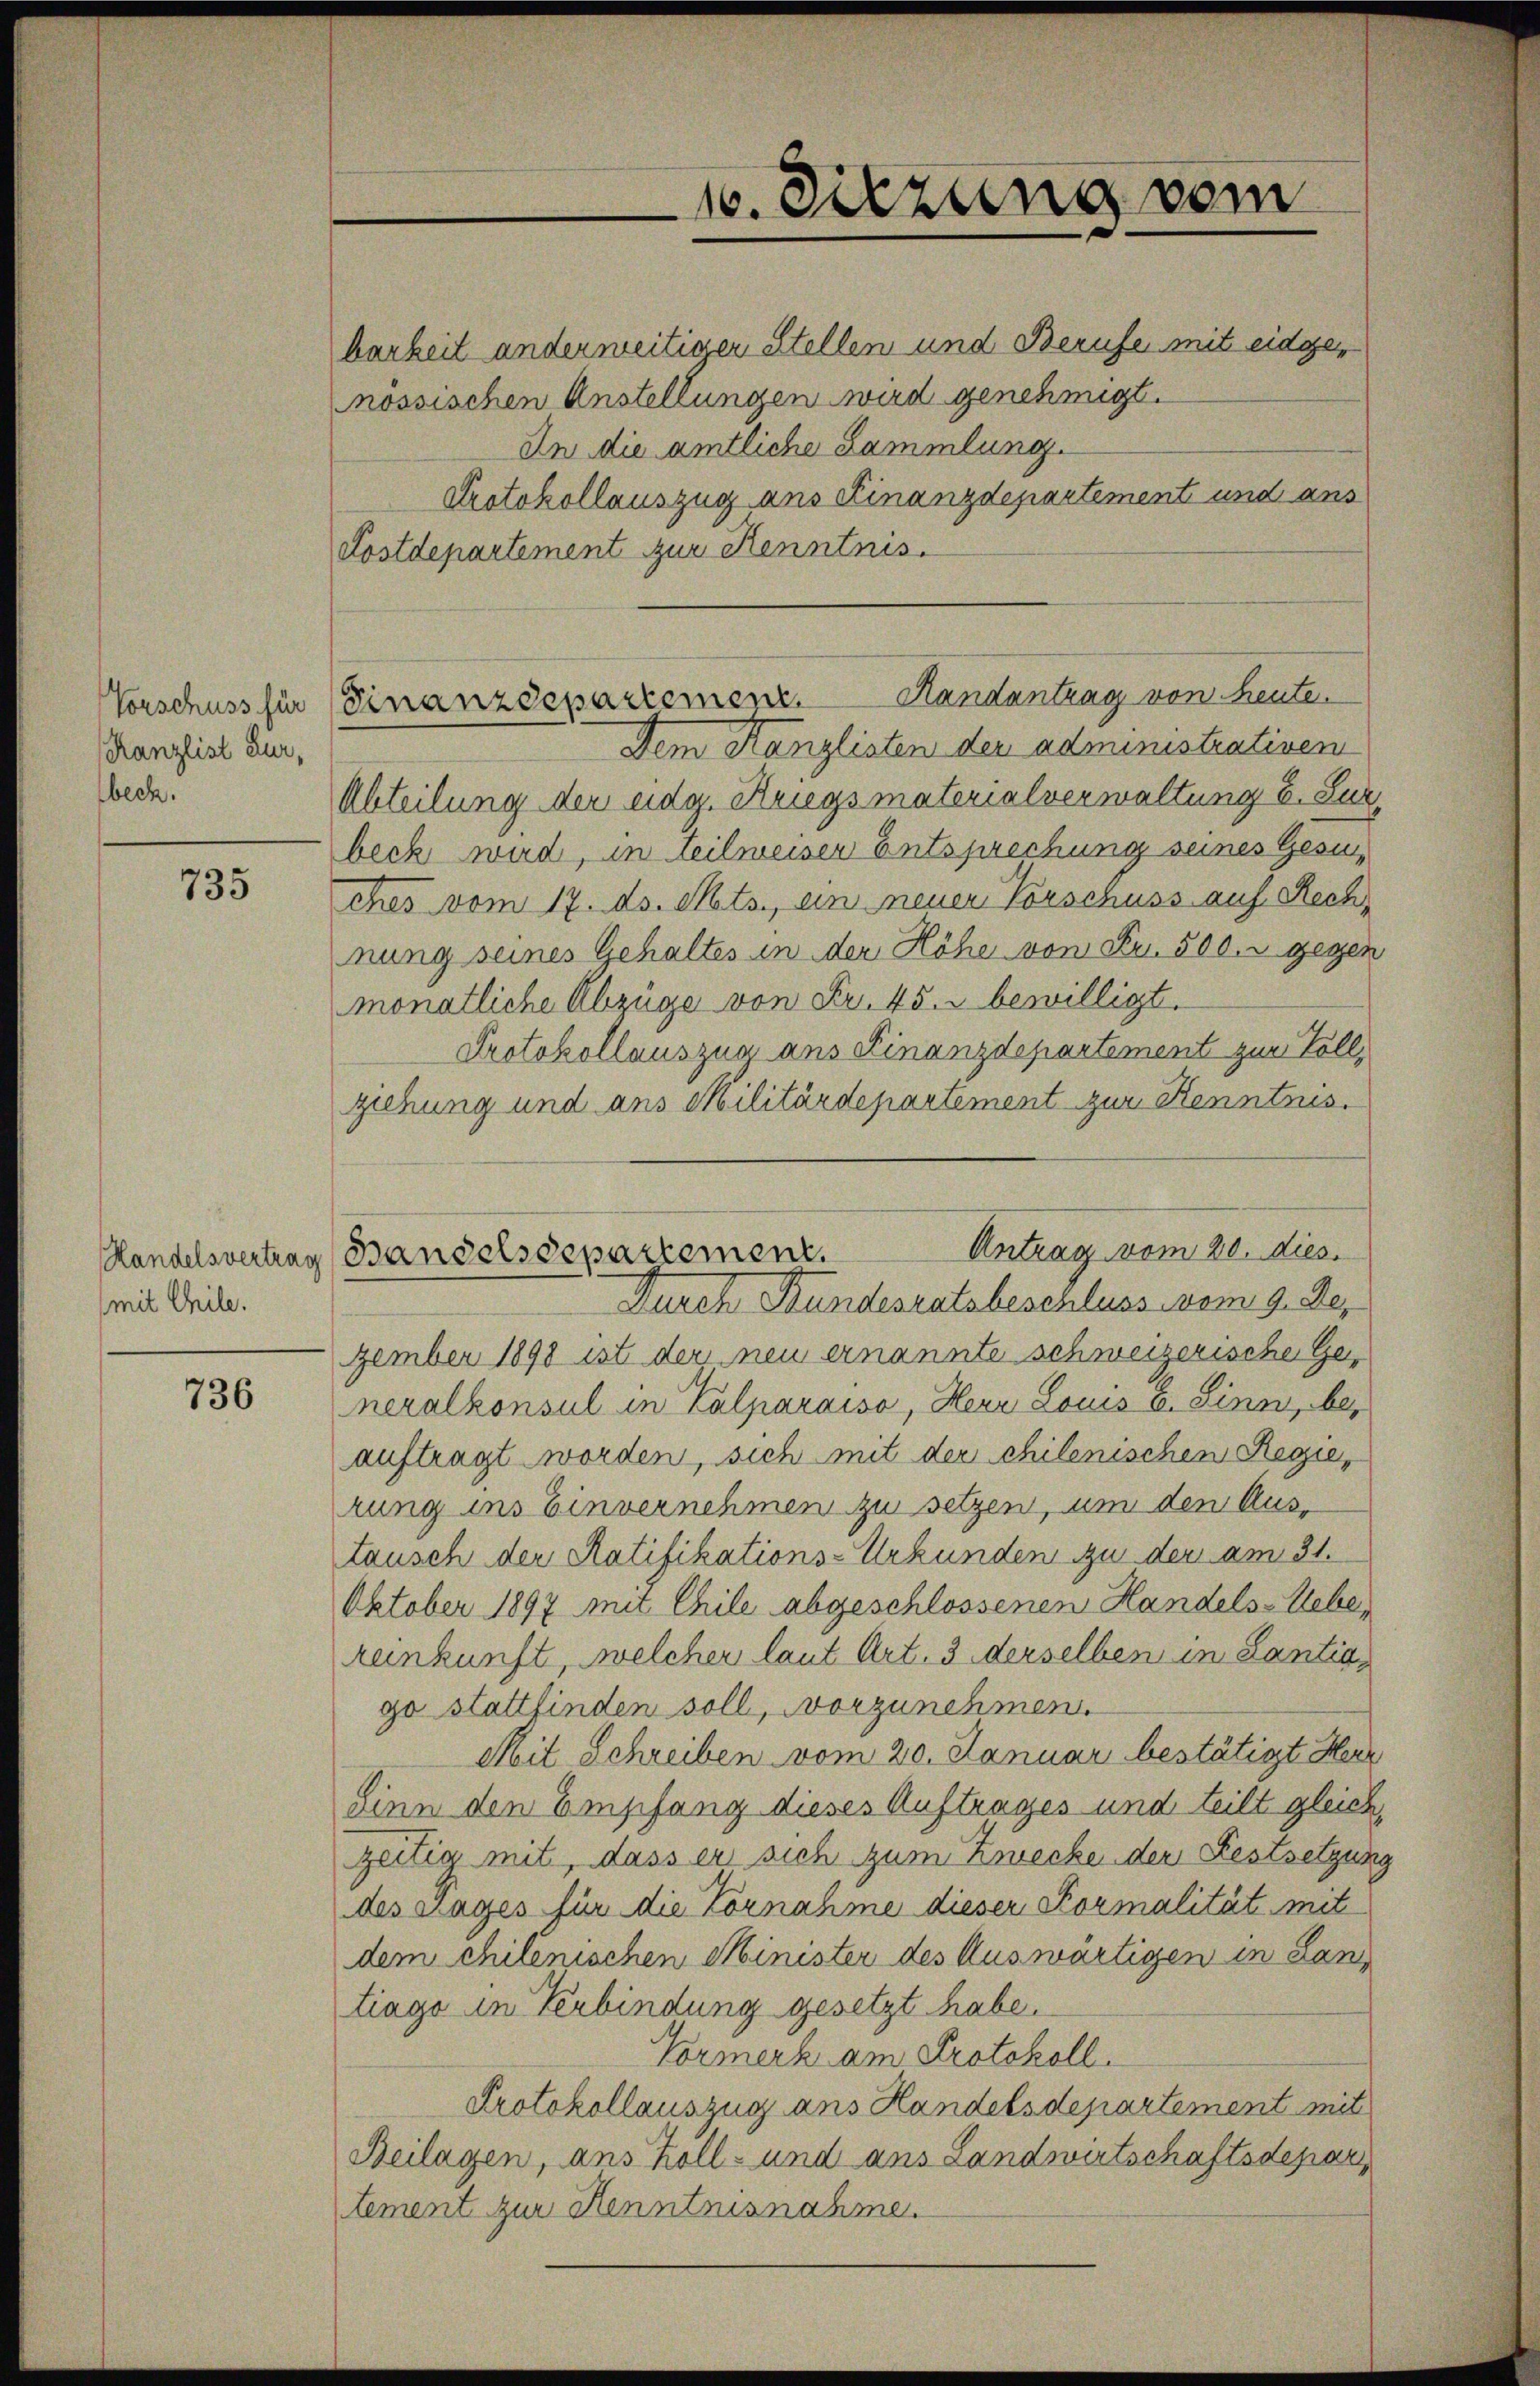
Kanzlist Zur,
beck.

735

(mit Chile.

736

barkeit anderweitigen Stellen und Berufe mit eidgenössischen Anstellungen wird genehmigt.
In die amtliche Sammlung.
Protokollauszug aus Finanzdepartement und aus
Kostdepartement zur Kenntnis.
Dem Kanzlisten der administrativen
Abteilung der eidg. Kriegsmaterialverwaltung E. Sur
beck wird, in teilweiser Entsprechung seines Gesuches vom 17. ds. Mts., ein neuen Vorschuss auf Rechnung seines Gehaltes in der Höhe von Fr. 500.- gegen
monatliche Abzüge von Fr. 45. bewilligt.
Protokollauszua ans Finanzdepartement zur Vollziehung und aus Militärdepartement zur Kenntnis.
Durch Stundesratsbeschluss vom 9. Dez
zember 1898 ist der neu ernannte schweizerische Generalkonsul in Kalparaiso, Herr Louis u. Sinn, beauftragt worden, sich mit der chilenischen Regierung ins Einvernehmen zu setzen, um den Aus-
tausch der Ratifikations-Urkunden zu der am 31.
Oktober 1897 mit Chile abgeschlossenen Handels-Uebereinkunft, welcher laut Art. 3 derselben in Lantig
go stattfinden soll, vorzunehmen.
Mit Schreiben vom 20. Januar bestätigt Herz
Sinn den Empfang dieses Auftrages und teilt gleich,
gütig mit, dass er sich zum Zwecke der Festsetzung
des Tages für die Vornahme dieser Kormalität mit
dem chilenischen Minister des Auswärtigen in Lan
tiago in Verbindung gesetzt habe.
Vormerk am Protokoll.
Protokollauszug ans Handelsdepartement mit
Beilagen, ans Koll- und aus Landwirtschaftsdepar
tement zur Kenntnisnahme.

10. Sitzung vom

Vorschuss für Finanzdepartement. Handantrag von heute.

Antrag vom 20. dies.
Handelsvertrag (Bandelsdepartement.